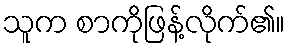
သူက စာကိုဖြန့်လိုက်၏။